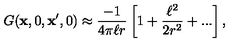
G ( { \bf x } , 0 , { \bf x } ^ { \prime } , 0 ) \approx { \frac { - 1 } { 4 \pi \ell r } } \left[ 1 + { \frac { \ell ^ { 2 } } { 2 r ^ { 2 } } } + . . . \right] ,